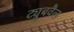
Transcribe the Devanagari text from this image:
ट्यूबवैल